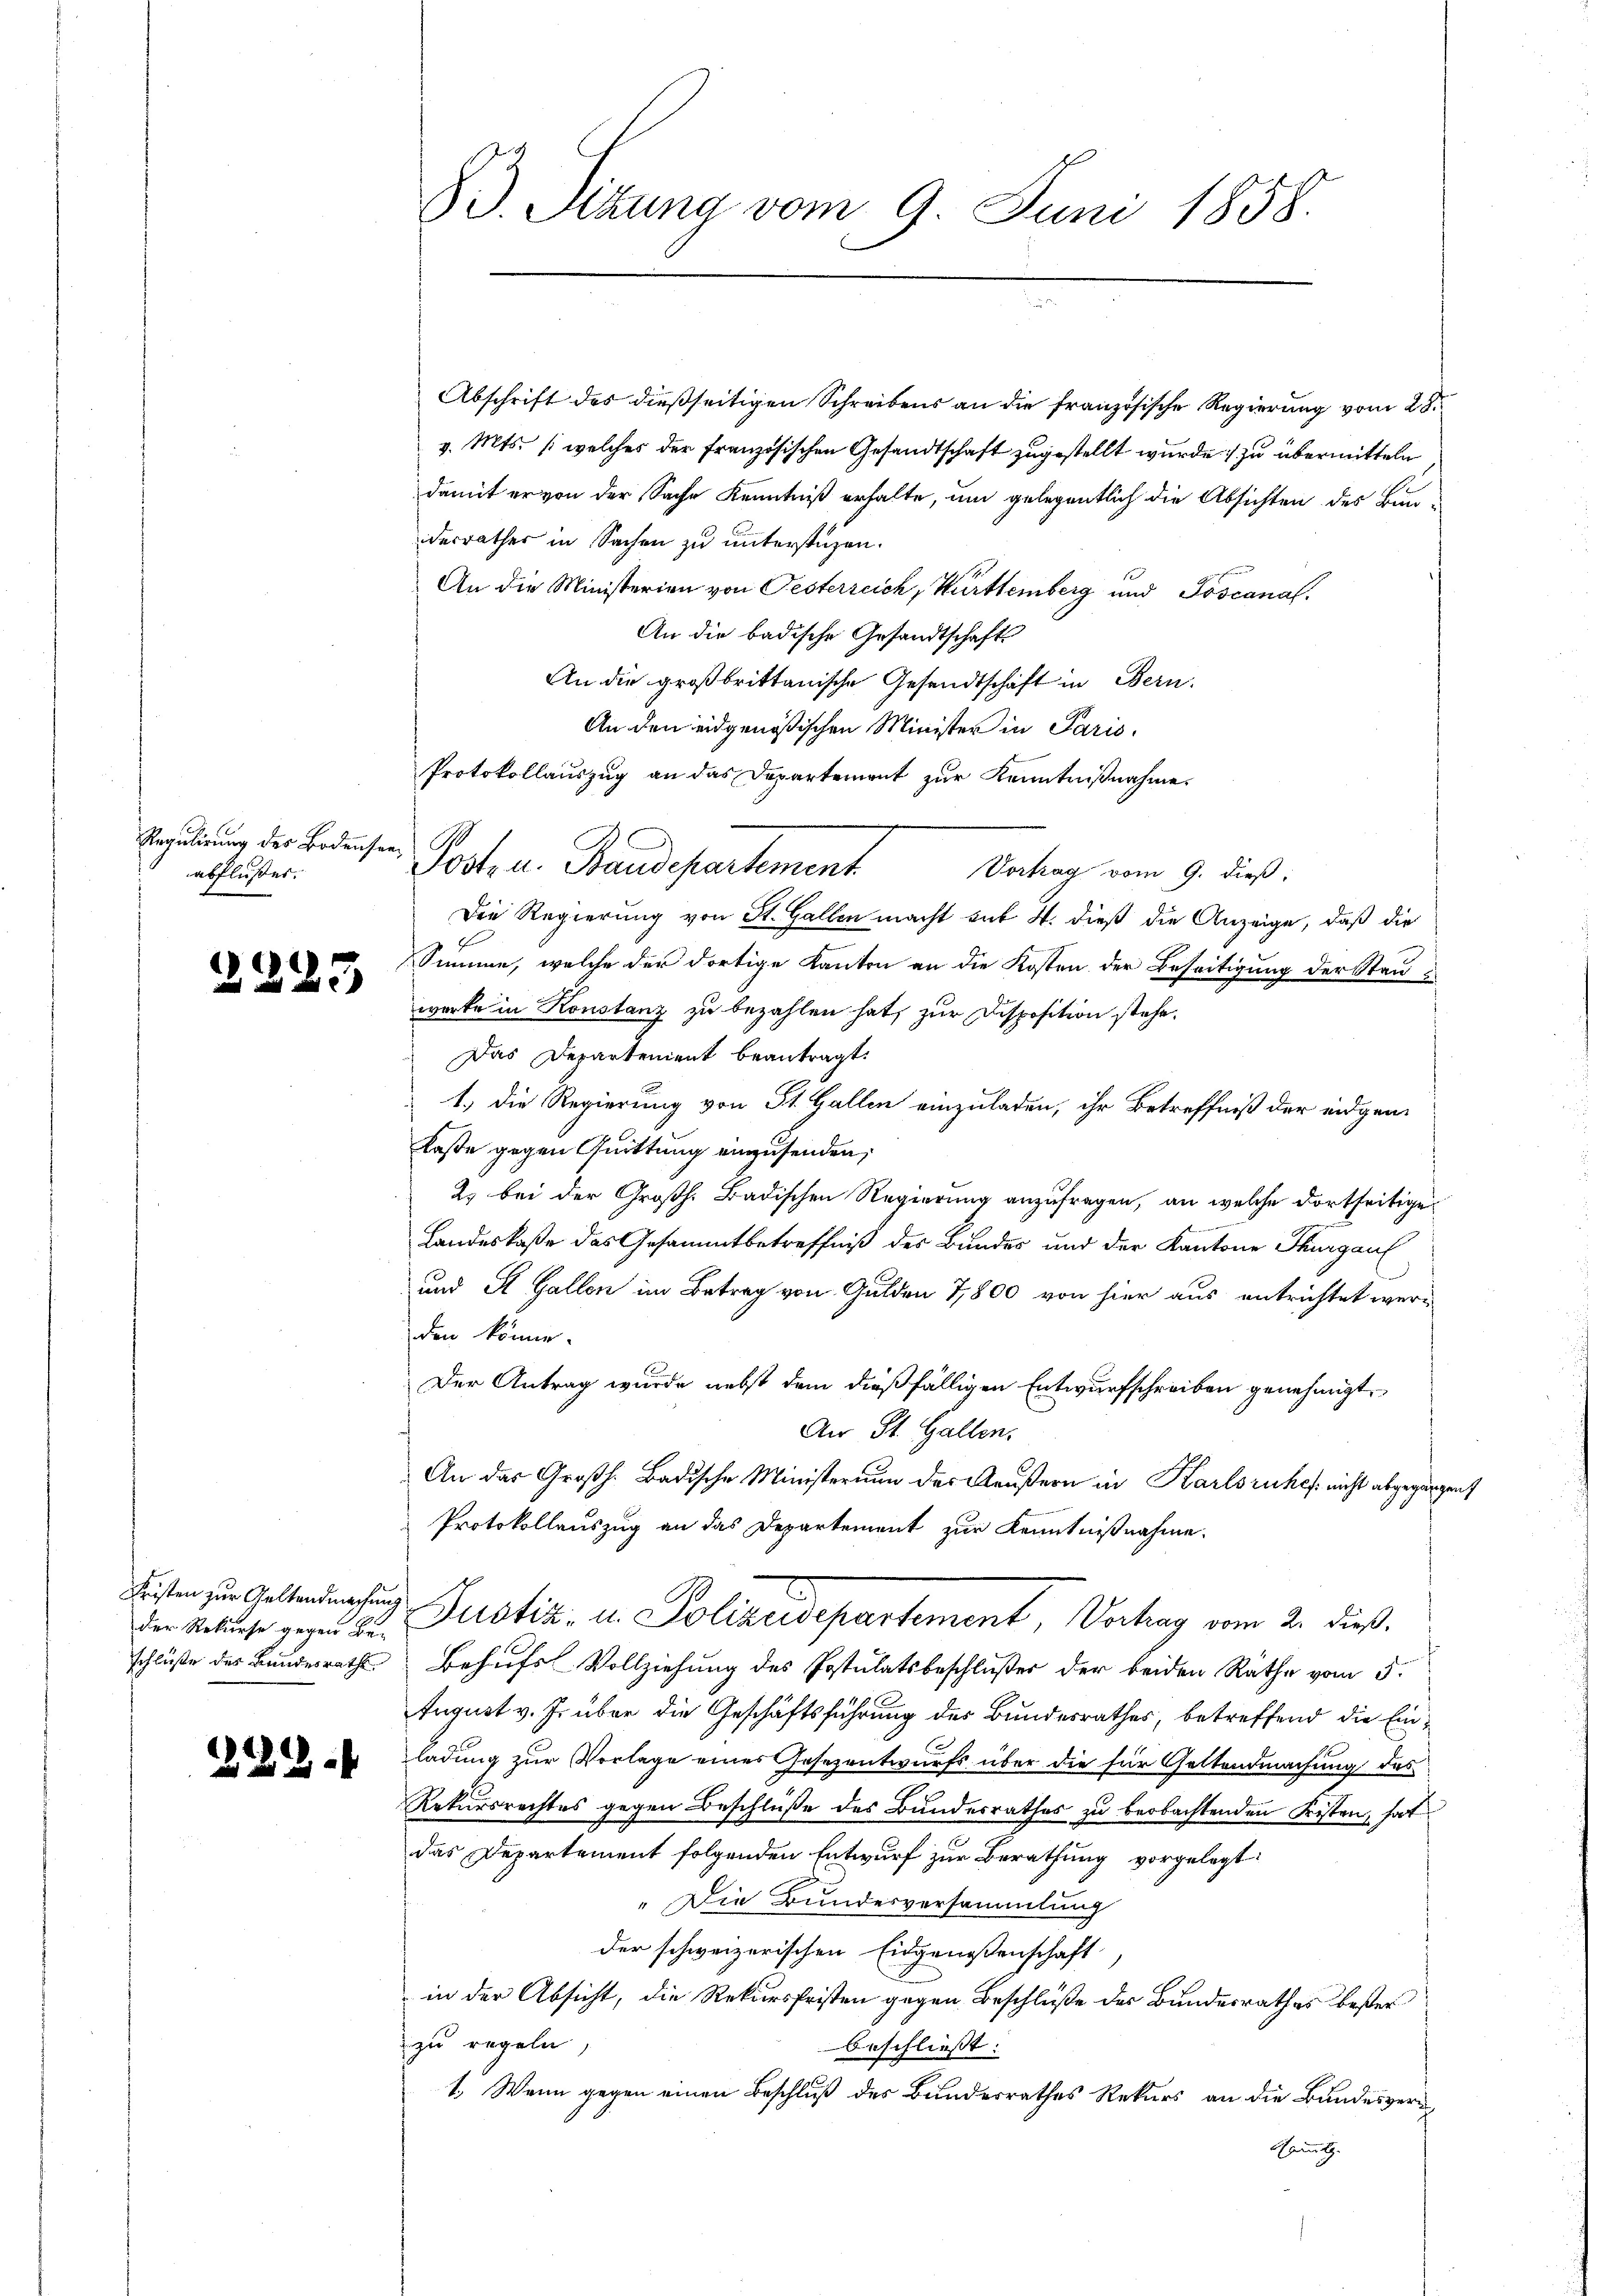
Regulirung des Bodense
abflußes.

2225

Fristen zur Geltendmachung
der Rekurse gegen Be-
schluße des Bundesrath

229.

83. Sitzung vom 9. Juni 1858.

derrathes in Sachen zu unterstüzen.
An die Ministerien von Pesterreich, Württemberg und Toscanal.
An die badische Gesandtschaft
An die großbrittanische Gesandtschaft in Bern.
Die Regierung von St. Gallen macht sit H. dieß die Anzeige, daß die
Summe, welche der dortige Kanton an die Kosten der Beseitigung der Stauwarte in Konstanz zu bezahlen hat, zur Disposition stehe.
Das Departement beantragt:
1.) Die Regierung von St. Gallen einzuladen, ihr Betreffniß der eidgenlasse gegen Quittung einzusenden,
2. bei der Großh. Badischen Regierung anzufragen, an welche dortseitige
Landeskaße des Gesammtbetreffniß des Bundes und der Kantone Thurgau
und St. Gallen im Betrag von Gulden 7,800 von hier aus entrichtet werden könne.
Der Antrag wurde nebst dem dießfälligen Entwurfschreiben genehmigt.
An St. Gallen,
An das Großh. Badische Ministerium des Aeußern in Karlsruhe nicht abgegange
Protokollauszug an das Departement zur Kenntnißnahme.
Justiz- u. Polizeidepartement, Vertrag vom 2. dieß.
Behufs Vollziehung des Postulatsbeschlußes der beiden Rathe vom 5.
August v. J. über die Geschäftsführung des Bundesrathes, betreffend die Einladung zur Vorlage eines Gesezentwurfs über die für Geltendmachung des
Rekursrechtes gegen Beschluße des Bundesrathes zu beobachtenden Fristen, hat
das Departement folgenden Entwurf zur Berathung vorgelegt
"Die Bundesversammlung
der schweizerischen Eidgenossenschaft
in der Absicht, die Rekursfristen gegen Beschluße des Bundesrathes bester
zu regeln,
beschließt:
1. Wenn gegen einen Beschluß des Bundesrathes Rekurs an die Bundesver¬
Hommlg.

Abschrift des dießseitigen Schreibens an die französische Regierung vom 28.
v. Mts. (welches der Französischen Gesandtschaft zugestellt wurde zu übermitteln
damit er von der Sache Kenntniß erhalte, um gelegentlich die Absichten des Bun¬

An den eidgenößischen Minister in Paris.
Protokollauszug an das Departement zur Kenntnißnahme.
 Posten. Traudepartement Antrag vom 9. dies